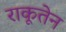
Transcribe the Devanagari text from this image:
राकूतेन